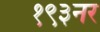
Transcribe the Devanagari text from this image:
१९३नर